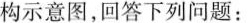
构示意图，回答下列问题：